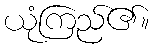
ယုံကြည်၏။